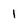
Character: 1